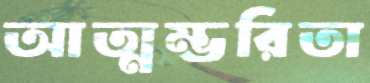
আত্মম্ভরিতা